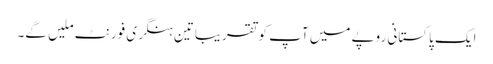
ایک پاکستانی روپے میں آپ کو تقریباًتین ہنگری فورنٹ ملیں گے۔